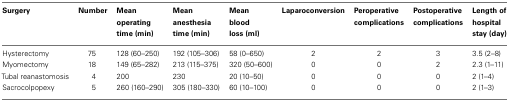
| Surgery | Number | Mean operating time (min) | Mean anesthesia time (min) | Mean blood loss (ml) | Laparoconversion | Peroperative complications | Postoperative complications | Length of hospital stay (day) |
 | --- | --- | --- | --- | --- | --- | --- | --- | --- |
 | Hysterectomy | 75 | 128 (60–250) | 192 (105–306) | 58 (0–650) | 2 | 2 | 3 | 3.5 (2–8) |
 | Myomectomy | 18 | 149 (65–282) | 213 (115–375) | 320 (50–600) | 0 | 0 | 2 | 2.3 (1–11) |
 | Tubal reanastomosis | 4 | 200 | 230 | 20 (10–50) | 0 | 0 | 0 | 2 (1–4) |
 | Sacrocolpopexy | 5 | 260 (160–290) | 305 (180–330) | 60 (10–100) | 0 | 0 | 0 | 2 (1–3) |